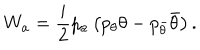
{ W _ { a } } = \frac i 2 p _ { a } \left( p _ { \theta } \theta - p _ { \bar { \theta } } \bar { \theta } \right) .